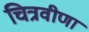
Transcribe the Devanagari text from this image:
चित्रवीणा